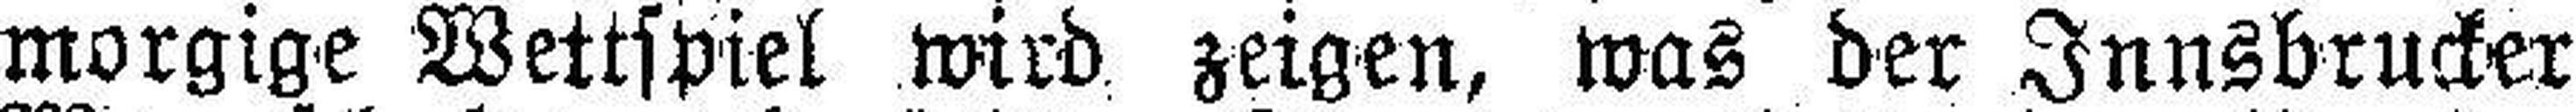
morgige Wettspiel wird zeigen, was der Innsbrucker